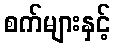
စက်များနှင့်